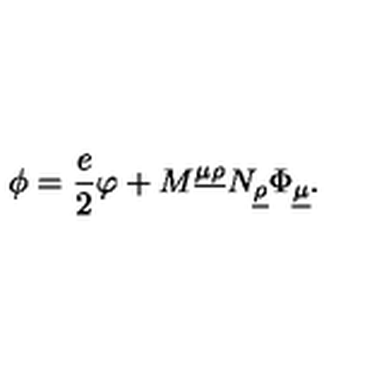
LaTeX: \phi = \frac { e } { 2 } \varphi + M ^ { \underline { { \mu } } \underline { { \rho } } } N _ { \underline { { \rho } } } \Phi _ { \underline { { \mu } } } .